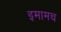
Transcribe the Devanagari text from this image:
इमामच